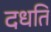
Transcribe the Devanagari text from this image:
दधति